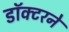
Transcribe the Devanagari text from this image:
डॉक्‍टरने